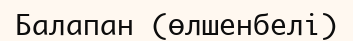
Балапан (өлшенбелі)